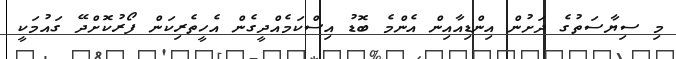
މި ސިޔާސަތުގެ ދަށުން އިންޑިއާއިން އެންމެ ބޮޑު އިސްކަމެއްދީގެން އެހީތެރިކަން ފޯރުކޮށްދޭ ގައުމަކީ